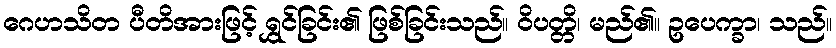
ဂေဟသိတ ပီတိအားဖြင့် ရွှင်ခြင်း၏ ဖြစ်ခြင်းသည်။ ဝိပတ္တိ၊ မည်၏။ ဥပေက္ခာ၊ သည်။